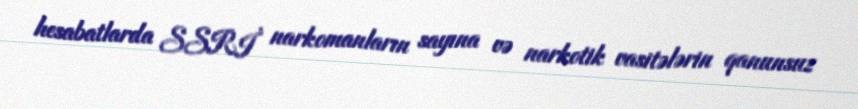
hesabatlarda SSRİ narkomanların sayına və narkotik vasitələrin qanunsuz